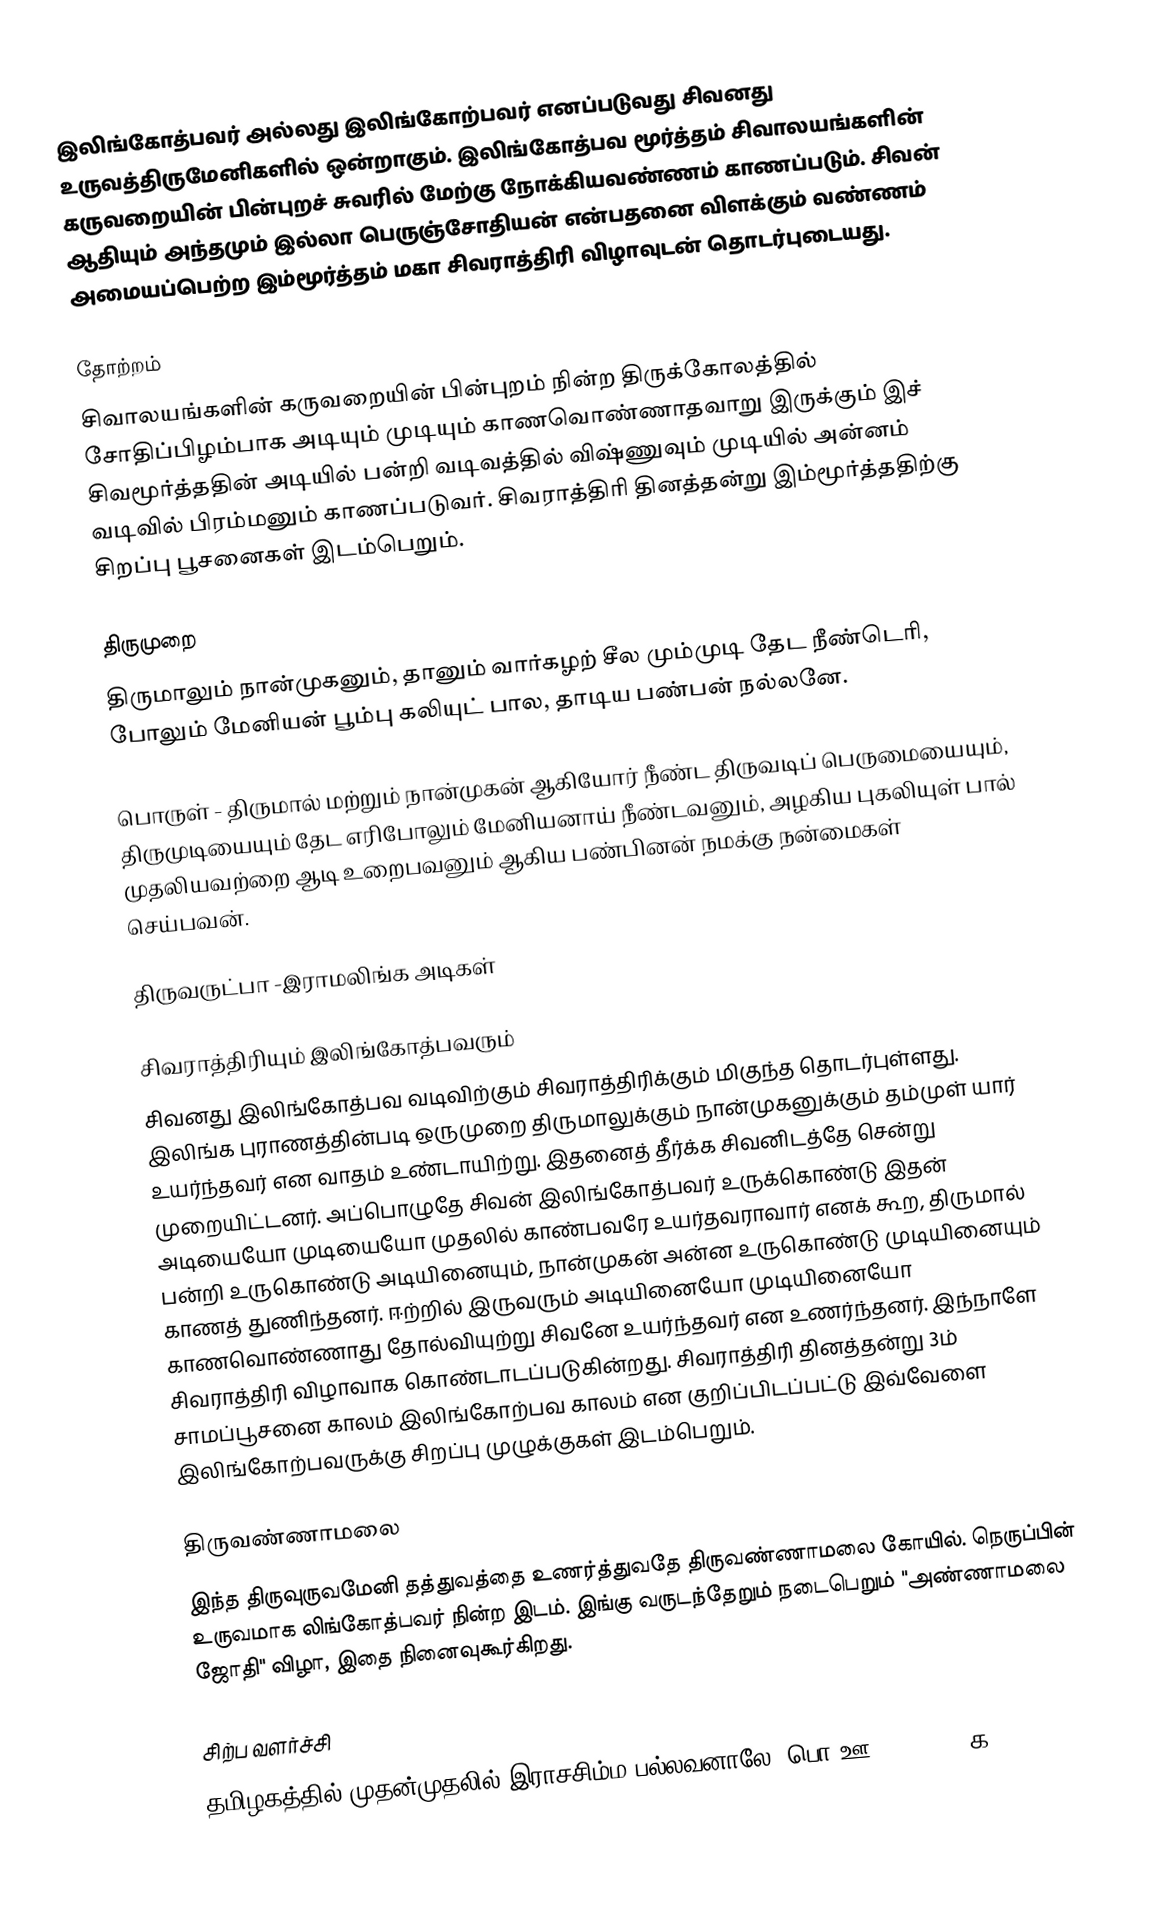
இலிங்கோத்பவர் அல்லது இலிங்கோற்பவர் எனப்படுவது சிவனது உருவத்திருமேனிகளில் ஒன்றாகும். இலிங்கோத்பவ மூர்த்தம் சிவாலயங்களின் கருவறையின் பின்புறச் சுவரில் மேற்கு நோக்கியவண்ணம் காணப்படும். சிவன் ஆதியும் அந்தமும் இல்லா பெருஞ்சோதியன் என்பதனை விளக்கும் வண்ணம் அமையப்பெற்ற இம்மூர்த்தம் மகா சிவராத்திரி விழாவுடன் தொடர்புடையது.

தோற்றம்
சிவாலயங்களின் கருவறையின் பின்புறம் நின்ற திருக்கோலத்தில் சோதிப்பிழம்பாக அடியும் முடியும் காணவொண்ணாதவாறு இருக்கும் இச் சிவமூர்த்ததின் அடியில் பன்றி வடிவத்தில் விஷ்ணுவும் முடியில் அன்னம் வடிவில் பிரம்மனும் காணப்படுவர். சிவராத்திரி தினத்தன்று இம்மூர்த்ததிற்கு சிறப்பு பூசனைகள் இடம்பெறும்.

திருமுறை
திருமாலும் நான்முகனும், தானும் வார்கழற் சீல மும்முடி தேட நீண்டெரி, போலும் மேனியன் பூம்பு கலியுட் பால, தாடிய பண்பன் நல்லனே.

பொருள் - திருமால் மற்றும் நான்முகன் ஆகியோர் நீண்ட திருவடிப் பெருமையையும், திருமுடியையும் தேட எரிபோலும் மேனியனாய் நீண்டவனும், அழகிய புகலியுள் பால் முதலியவற்றை ஆடி உறைபவனும் ஆகிய பண்பினன் நமக்கு நன்மைகள் செய்பவன்.

திருவருட்பா  -இராமலிங்க அடிகள்

சிவராத்திரியும் இலிங்கோத்பவரும்
சிவனது இலிங்கோத்பவ வடிவிற்கும் சிவராத்திரிக்கும் மிகுந்த தொடர்புள்ளது. இலிங்க புராணத்தின்படி ஒருமுறை திருமாலுக்கும் நான்முகனுக்கும் தம்முள் யார் உயர்ந்தவர் என வாதம் உண்டாயிற்று. இதனைத் தீர்க்க சிவனிடத்தே சென்று முறையிட்டனர். அப்பொழுதே சிவன் இலிங்கோத்பவர் உருக்கொண்டு இதன் அடியையோ முடியையோ முதலில் காண்பவரே உயர்தவராவார் எனக் கூற, திருமால் பன்றி உருகொண்டு அடியினையும், நான்முகன் அன்ன உருகொண்டு முடியினையும் காணத் துணிந்தனர். ஈற்றில் இருவரும் அடியினையோ முடியினையோ காணவொண்ணாது தோல்வியுற்று சிவனே உயர்ந்தவர் என உணர்ந்தனர். இந்நாளே சிவராத்திரி விழாவாக கொண்டாடப்படுகின்றது. சிவராத்திரி தினத்தன்று 3ம் சாமப்பூசனை காலம் இலிங்கோற்பவ காலம் என குறிப்பிடப்பட்டு இவ்வேளை இலிங்கோற்பவருக்கு சிறப்பு முழுக்குகள் இடம்பெறும்.

திருவண்ணாமலை
இந்த திருவுருவமேனி தத்துவத்தை உணர்த்துவதே திருவண்ணாமலை கோயில். நெருப்பின் உருவமாக லிங்கோத்பவர் நின்ற இடம். இங்கு வருடந்தேறும் நடைபெறும் "அண்ணாமலை ஜோதி" விழா, இதை நினைவுகூர்கிறது.

சிற்ப வளர்ச்சி
தமிழகத்தில் முதன்முதலில் இராசசிம்ம பல்லவனாலே (பொ.ஊ. 700–730) க